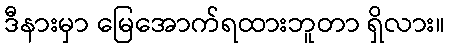
ဒီနားမှာ မြေအောက်ရထားဘူတာ ရှိလား။